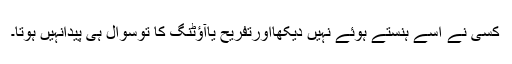
کسی نے اسے ہنستے ہوئے نہیں دیکھااورتفریح یاآؤٹنگ کا توسوال ہی پیدانہیں ہوتا۔